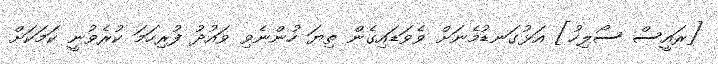
[ރައީސް ސޯލިހު] އަޅުގަނޑުމެނަށް ވެވަޑައިގެން ތިޔަ ހުންނެވި ވައުދު ފުރިހަމަ ކުރެވުނީ ކަމަކަށް